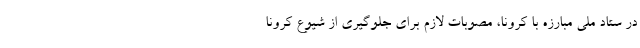
در ستاد ملی مبارزه با کرونا، مصوبات لازم برای جلوگیری از شیوع کرونا